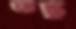
তন্তু